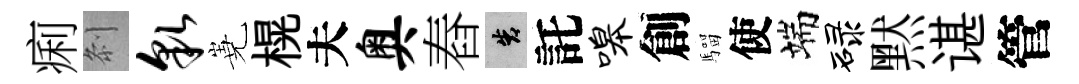
痢𠛴貌嶤榥夫奥舂告託嗥創騮使端碌黙谌管